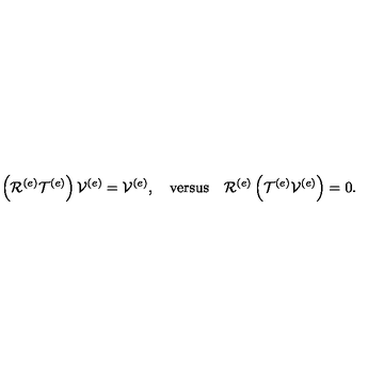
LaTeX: \left( \mathcal { R } ^ { \left( e \right) } \mathcal { T } ^ { \left( e \right) } \right) \mathcal { V } ^ { \left( e \right) } = \mathcal { V } ^ { \left( e \right) } , \quad \mathrm { v e r s u s } \quad \mathcal { R } ^ { \left( e \right) } \left( \mathcal { T } ^ { \left( e \right) } \mathcal { V } ^ { \left( e \right) } \right) = 0 .